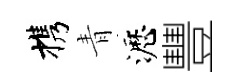
携青瀝豐